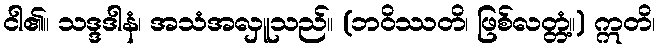
ငါ၏။ သဒ္ဒဒါနံ၊ အသံအလှူသည်။ (ဘဝိဿတိ၊ ဖြစ်လတ္တံ့။) ဣတိ၊